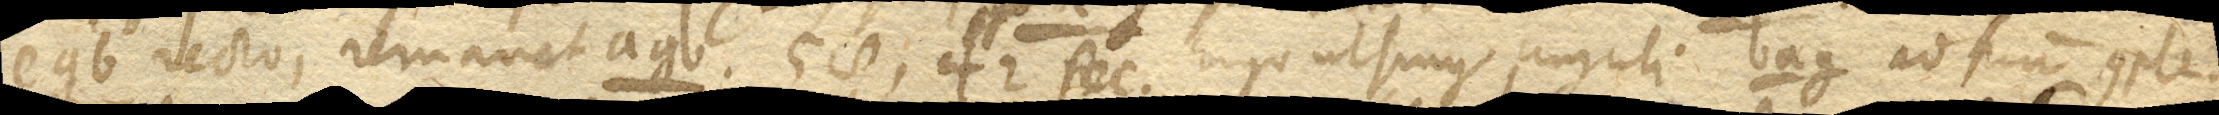
egb. recto, remanet agb. 58’, 42’’ sec. Ergo ut sinus anguli bag. ad sinum comple–